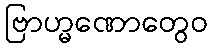
ဗြာဟ္မဏောတွေဝ